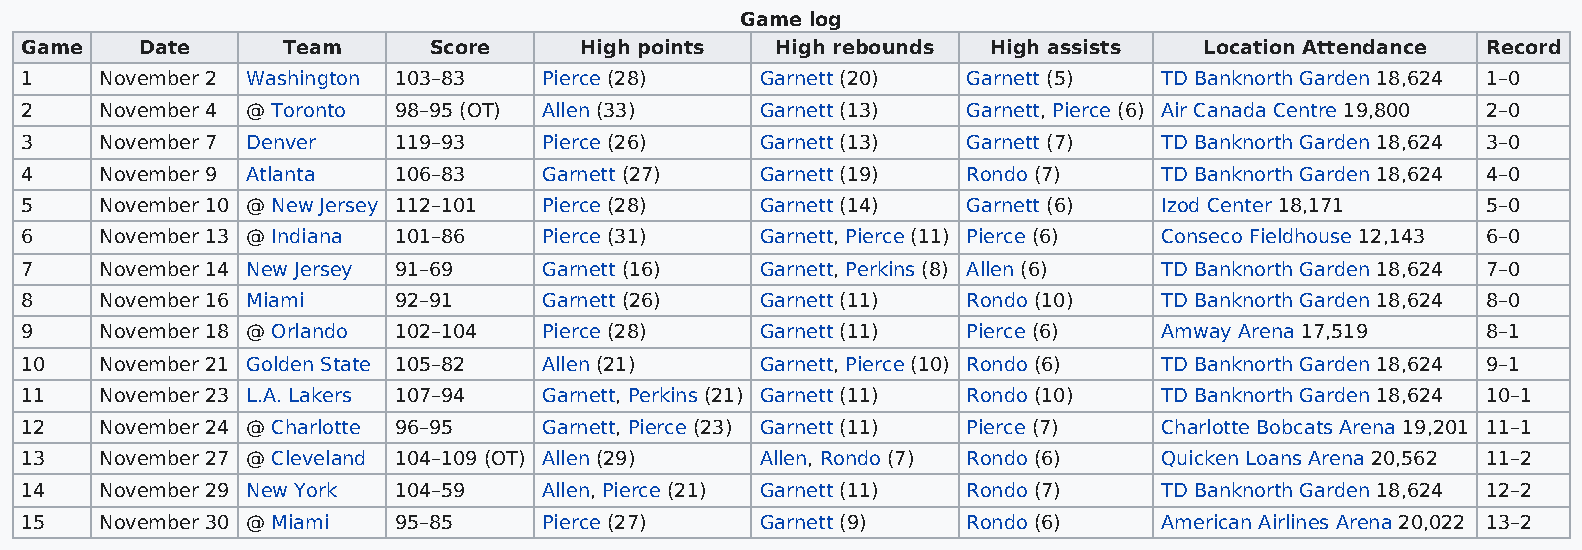
Game log
 Game    Date      Team     Score     High points  High rebounds  High assists  Location Attendance Record
 1     November 2 Washington 103–83 Pierce (28)   Garnett (20)  Garnett (5)  TD Banknorth Garden 18,624 1–0
 2     November 4 @ Toronto 98–95 (OT) Allen (33) Garnett (13)  Garnett, Pierce (6) Air Canada Centre 19,800 2–0
 3     November 7 Denver  119–93    Pierce (26)   Garnett (13)  Garnett (7)  TD Banknorth Garden 18,624 3–0
 4     November 9 Atlanta 106–83    Garnett (27)  Garnett (19)  Rondo (7)    TD Banknorth Garden 18,624 4–0
 5     November 10 @ New Jersey 112–101 Pierce (28) Garnett (14) Garnett (6) Izod Center 18,171   5–0
 6     November 13 @ Indiana 101–86 Pierce (31)   Garnett, Pierce (11) Pierce (6) Conseco Fieldhouse 12,143 6–0
 7     November 14 New Jersey 91–69 Garnett (16)  Garnett, Perkins (8) Allen (6) TD Banknorth Garden 18,624 7–0
 8     November 16 Miami  92–91     Garnett (26)  Garnett (11)  Rondo (10)   TD Banknorth Garden 18,624 8–0
 9     November 18 @ Orlando 102–104 Pierce (28)  Garnett (11)  Pierce (6)   Amway Arena 17,519   8–1
 10    November 21 Golden State 105–82 Allen (21) Garnett, Pierce (10) Rondo (6) TD Banknorth Garden 18,624 9–1
 11    November 23 L.A. Lakers 107–94 Garnett, Perkins (21) Garnett (11) Rondo (10) TD Banknorth Garden 18,624 10–1
 12    November 24 @ Charlotte 96–95 Garnett, Pierce (23) Garnett (11) Pierce (7) Charlotte Bobcats Arena 19,201 11–1
 13    November 27 @ Cleveland 104–109 (OT) Allen (29) Allen, Rondo (7) Rondo (6) Quicken Loans Arena 20,562 11–2
 14    November 29 New York 104–59  Allen, Pierce (21) Garnett (11) Rondo (7) TD Banknorth Garden 18,624 12–2
 15    November 30 @ Miami 95–85    Pierce (27)   Garnett (9)   Rondo (6)    American Airlines Arena 20,022 13–2